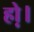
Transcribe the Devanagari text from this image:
हो़।